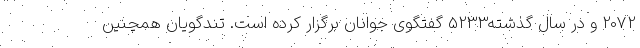
2072 و در سال گذشته5233 گفتگوی جوانان برگزار کرده است. تندگویان همچنین